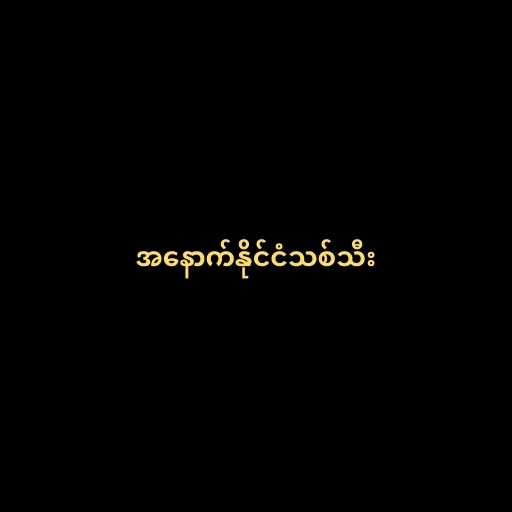
အနောက်နိုင်ငံသစ်သီး